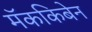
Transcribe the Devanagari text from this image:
मॅककिबेन